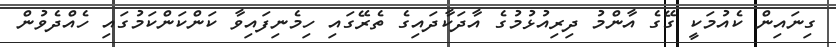
ގިނައިން ކެއުމަކީ ގޭގެ އާންމު ދިރިއުޅުމުގެ އާދަކާދައިގެ ތެރޭގައި ހިމެނިފައިވާ ކަންކަންކަމުގައި ހެއްދެވުން